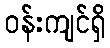
ဝန်းကျင်ရှိ